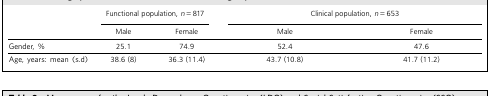
|  | <COLSPAN=2> Functional population, n = 817 | <COLSPAN=2> Clinical population, n = 653 |
 |  | Male | Female | Male | Female |
 | --- | --- | --- | --- | --- |
 | Gender, % | 25.1 | 74.9 | 52.4 | 47.6 |
 | Age, years: mean (s.d) | 38.6 (8) | 36.3 (11.4) | 43.7 (10.8) | 41.7 (11.2) |